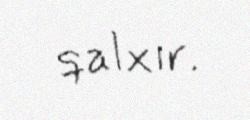
qalxır.